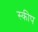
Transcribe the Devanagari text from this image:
स्कीप